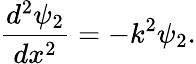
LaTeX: {\frac{d^{2}\psi_{2}}{dx^{2}}}=-k^{2}\psi_{2}.